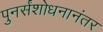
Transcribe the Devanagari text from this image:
पुनर्संशोधनानंतर